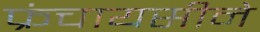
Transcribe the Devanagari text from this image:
फ्रंचायसीने